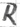
Text: R